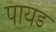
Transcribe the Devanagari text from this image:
पायड